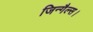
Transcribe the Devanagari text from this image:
जिन्गैल्स।